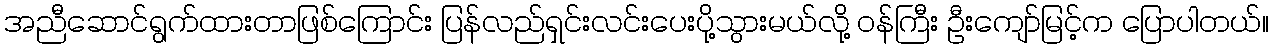
အညီဆောင်ရွက်ထားတာဖြစ်ကြောင်း ပြန်လည်ရှင်းလင်းပေးပို့သွားမယ်လို့ ဝန်ကြီး ဦးကျော်မြင့်က ပြောပါတယ်။